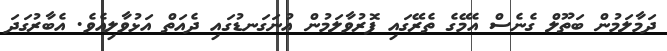
ދަމާލަމުން ބަތޫލް ގެނެސް އެމޭގެ ތެރޭގައި ފޮރުވާލަމުން އުނަގަނޑުގައި ދެއަތް އަޅުވާލިއެވެ. އެބާރުގަދަ